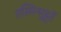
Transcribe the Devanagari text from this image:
तस्मिन्मुहूर्ते